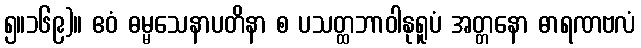
၅။၁၆၉)။ ဧဝံ ဓမ္မသေနာပတိနာ စ ပသတ္ထဘာဝါနုရူပံ အတ္တနော ဓာရဏဗလံ